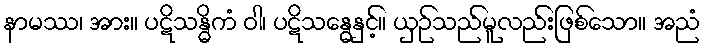
နာမဿ၊ အား။ ပဋိသန္ဓိကံ ဝါ၊ ပဋိသန္ဓေနှင့်။ ယှဉ်သည်မူလည်းဖြစ်သော။ အညံ